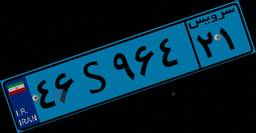
۴۶S۹۶۴۲۱